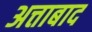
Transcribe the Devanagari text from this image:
अत्ताबाद